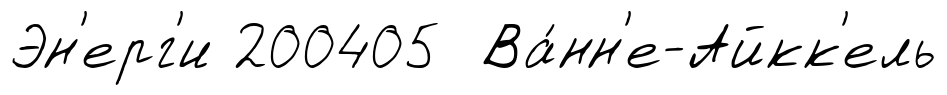
Эн'ерг'и 200405 Ва́нн'е-Айкк'ель